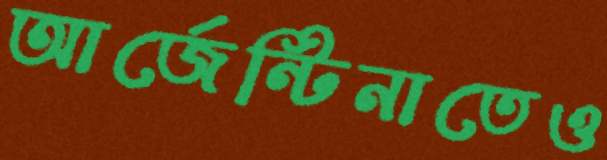
আর্জেন্টিনাতেও